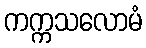
ကက္ကသလောမံ